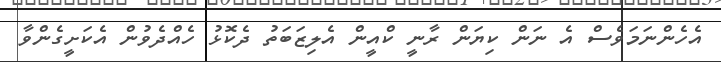
އެހެންނަމަވެސް އެ ނަން ކިޔަން ރާނީ ކްއީން އެލިޒަބަތު ދެކޮޅު ހެއްދެވުން އެކަށީގެންވާ